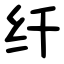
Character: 纤